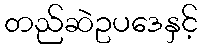
တည်ဆဲဥပဒေနှင့်